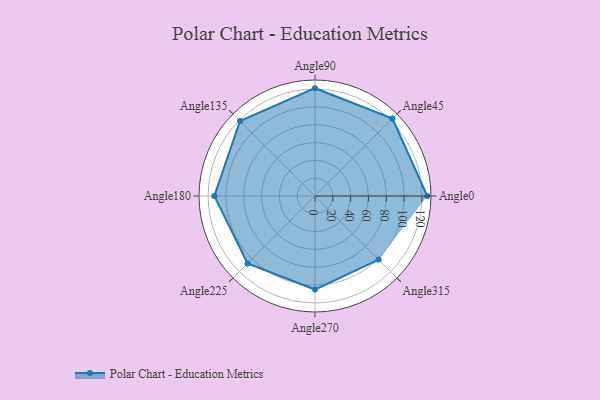
{"axis": {"x": "Angle", "y": "Radius"}, "legend": [""], "data": [{"x": "Angle0", "y": 126.0, "type": ""}, {"x": "Angle45", "y": 123.0, "type": ""}, {"x": "Angle90", "y": 121.0, "type": ""}, {"x": "Angle135", "y": 119.0, "type": ""}, {"x": "Angle180", "y": 113.0, "type": ""}, {"x": "Angle225", "y": 107.0, "type": ""}, {"x": "Angle270", "y": 105.0, "type": ""}, {"x": "Angle315", "y": 101.0, "type": ""}]}